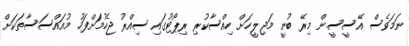
ނަމަވެސް އޭސީސީން މިރޭ ބުނީ މަޖިލީހަށް ހިއްސާކުރި ރިޕޯޓުގައި ސިއްރު ޖެހުމަށްފަހު މުއައްސަސާތަކަށް